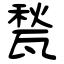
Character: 甃